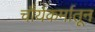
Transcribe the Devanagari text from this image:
चौर्यकर्मातून